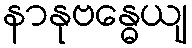
နာနုဗန္ဓေယျ